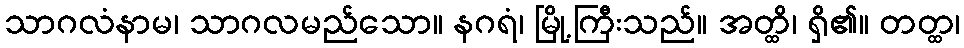
သာဂလံနာမ၊ သာဂလမည်သော။ နဂရံ၊ မြို့ကြီးသည်။ အတ္ထိ၊ ရှိ၏။ တတ္ထ၊